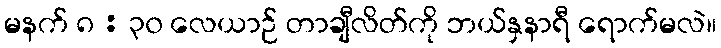
မနက် ၈ : ၃၀ လေယာဉ် တာချီလိတ်ကို ဘယ်နှနာရီ ရောက်မလဲ။